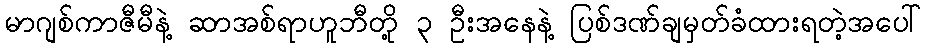
မာဂျစ်ကာဇီမီနဲ့ ဆာအစ်ရာဟူဘီတို့ ၃ ဦးအနေနဲ့ ပြစ်ဒဏ်ချမှတ်ခံထားရတဲ့အပေါ်